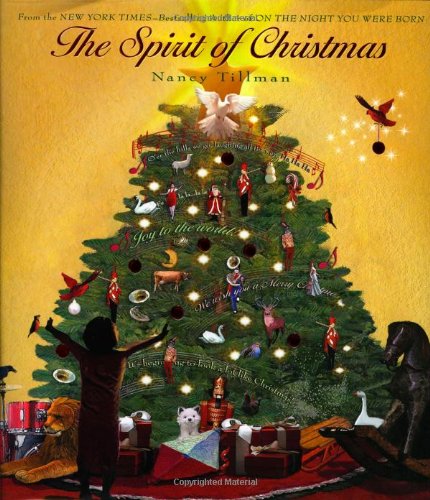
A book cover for The Spirit of Christmas; Nancy Tillman; Children's Books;